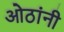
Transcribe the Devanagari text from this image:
ओठांनी